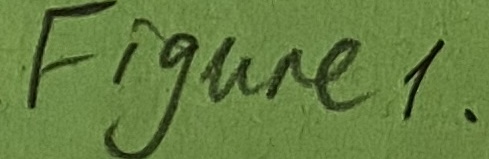
Text: Figure1